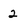
Character: 2